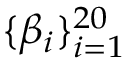
\{ \beta _ { i } \} _ { i = 1 } ^ { 2 0 }